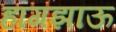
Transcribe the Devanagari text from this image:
हांगझाऊ